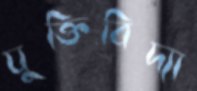
যুক্তিবিদ্যা